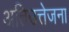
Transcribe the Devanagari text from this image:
अतिउत्तेजना